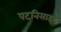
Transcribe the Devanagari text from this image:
पटनिसाइट